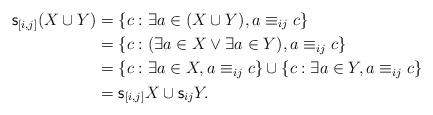
LaTeX: \begin{align*}{\sf s}_{[i,j]}(X\cup Y)&=\{c:\exists a\in(X\cup Y), a\equiv_{ij}c\}\\&=\{c:(\exists a\in X\vee\exists a\in Y), a\equiv_{ij}c\}\\&=\{c:\exists a\in X, a\equiv_{ij}c\}\cup\{c:\exists a\in Y,a\equiv_{ij}c\}\\&={\sf s}_{[i,j]}X\cup {\sf s}_{ij}Y.\end{align*}